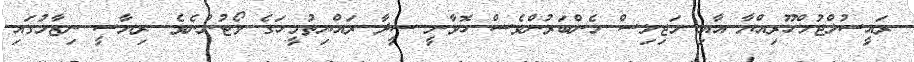
ރައީސުލްޖުމްހޫރިއްޔާ އާއި މަޖިލިސް މެންބަރުންވެސް ހޮވާނީ ސީދާ ރައްޔިތުމީހަގެ ވޯޓުންނެވެ. ރިޔާސީ ނިޒާމުގައި